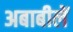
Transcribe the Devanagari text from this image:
अबाबीलें